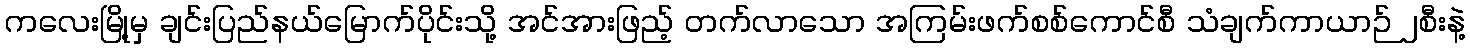
ကလေးမြို့မှ ချင်းပြည်နယ်မြောက်ပိုင်းသို့ အင်အားဖြည့် တက်လာသော အကြမ်းဖက်စစ်ကောင်စီ သံချက်ကာယာဉ် ၂စီးနဲ့